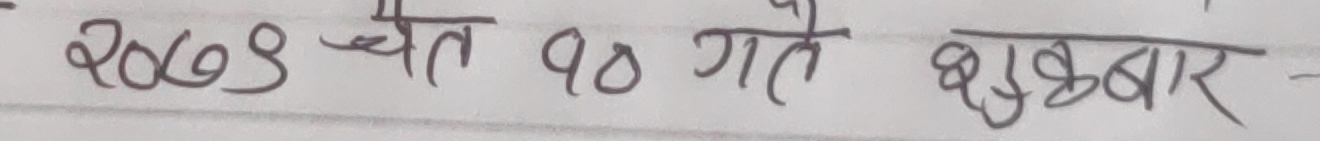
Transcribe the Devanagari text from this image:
२०७९ चैत १० गते शुक्रबार